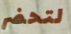
لتحضر